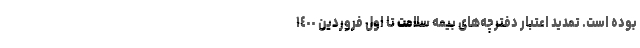
بوده است. تمدید اعتبار دفترچه‌های بیمه سلامت تا اول فروردین ١٤٠٠